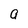
Character: a